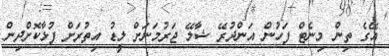
އޭގެ ތިން މިނެޓް ފަހުން އަންދުރޭ ޝާލޭ ޖަރުމަނަށް ލީޑު އިތުރަށް ފުޅާކޮށްދިން